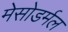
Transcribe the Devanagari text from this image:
मेसोडर्मल